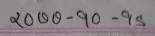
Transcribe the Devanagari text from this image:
२०००-१०-१५